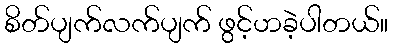
စိတ်ပျက်လက်ပျက် ဖွင့်ဟခဲ့ပါတယ်။